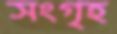
সংগৃহ